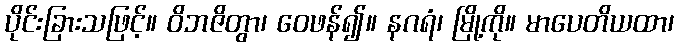
ပိုင်းခြားသဖြင့်။ ဝိဘဇိတွာ၊ ဝေဖန်၍။ နဂရံ၊ မြို့ကို။ မာပေတိယထာ၊